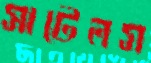
সাটেলস